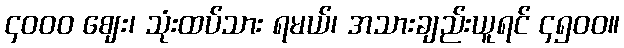
၄၀၀၀ ဈေး၊ သုံးထပ်သား ရမယ်၊ အသားချည်းယူရင် ၄၅၀၀။